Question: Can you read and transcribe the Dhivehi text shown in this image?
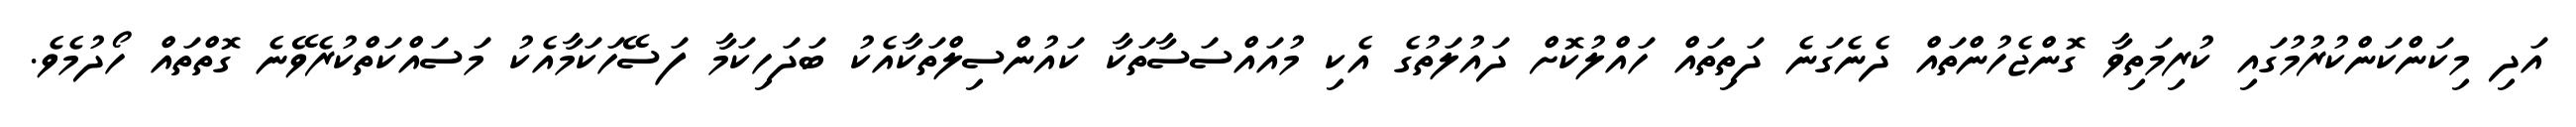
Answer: އަދި މިކަންކަންކުރުމުގައި ކުރިމަތިވާ ގޮންޖެހުންތައް ދެނެގަނެ ދަތިތައް ހައްލުކޮށް ދައުލަތުގެ އެކި މުއައްސަސާތަކާ ކައުންސިލްތަކާއެކު ބަދަހިކަމާ ފަސޭހަކަމާއެކު މަސައްކަތްކުރެވޭނެ ގޮތްތައް ހޯދުމެވެ.